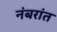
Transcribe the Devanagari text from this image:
नंबरांत